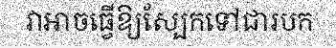
វាអាចធ្វើឱ្យស្បែកទៅជារបក